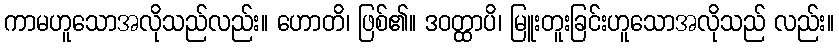
ကာမဟူသောအလိုသည်လည်း။ ဟောတိ၊ ဖြစ်၏။ ဒဝတ္ထာပိ၊ မြူးတူးခြင်းဟူသောအလိုသည် လည်း။